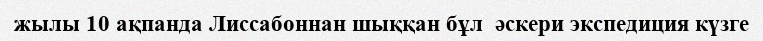
жылы 10 ақпанда Лиссабоннан шыққан бұл  әскери экспедиция күзге